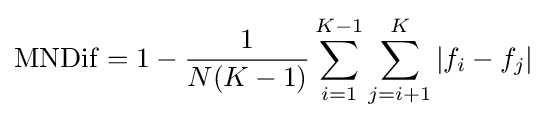
\operatorname {MNDif} =1-{\frac {1}{N(K-1)}}\sum _{i=1}^{K-1}\sum _{j=i+1}^{K}|f_{i}-f_{j}|